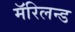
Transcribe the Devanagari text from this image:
मॅरिलन्ड